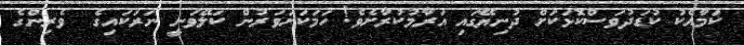
ކަމާއެކު ކުޑަދުވަސްކޮޅަކަށް ދުނިޔޭގައި އަރާމުކުރާށެވެ! ހަމަކަށަވަރުން ކަލޭވަނީ ނަރަކައިގެ  ވެރިންގެ